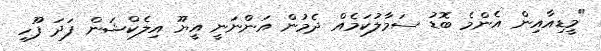
"މީޑިއާއިން އެންމެ ބޮޑު ސަމާލުކަމެއް ދެމުން އަންނަނީ އީޔޫ އިލެކްޝަން ފަދަ ފޫހި